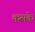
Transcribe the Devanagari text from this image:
कसके